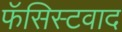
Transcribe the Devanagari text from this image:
फॅसिस्टवाद